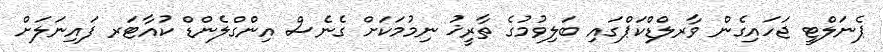
ޕެނަލްޓީ ޖަހައިގެން ވާރލްޑްކަޕްގައި ބަލިވުމުގެ ތާރީޚު ނިމުމަކަށް ގެނެސް އިންގްލެންޑް ކުއާޓަރ ފައިނަލަށް